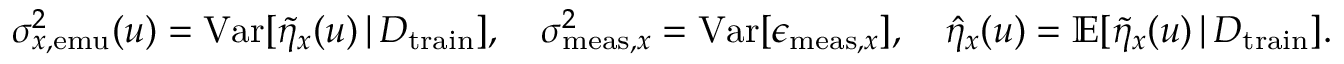
\begin{array} { r } { \sigma _ { x , \mathrm { e m u } } ^ { 2 } ( u ) = \mathrm { V a r } [ \Tilde { \eta } _ { x } ( u ) \, \vert \, D _ { \mathrm { t r a i n } } ] , \quad \sigma _ { \mathrm { m e a s } , x } ^ { 2 } = \mathrm { V a r } [ \epsilon _ { \mathrm { m e a s } , x } ] , \quad \hat { \eta } _ { x } ( u ) = \mathbb { E } [ \Tilde { \eta } _ { x } ( u ) \, \vert \, D _ { \mathrm { t r a i n } } ] . } \end{array}